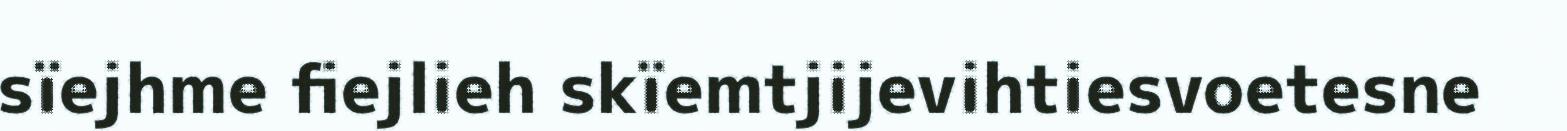
sïejhme fiejlieh skïemtjijevihtiesvoetesne